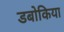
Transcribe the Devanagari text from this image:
डबोकिया